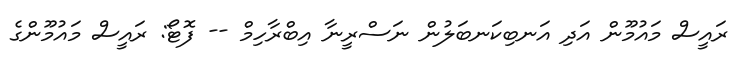
ރައީސް މައުމޫން އަދި އަނބިކަނބަލުން ނަސްރީނާ އިބްރާހިމް -- ފޮޓޯ: ރައީސް މައުމޫންގެ